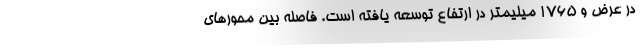
در عرض و 1765 میلیمتر در ارتفاع توسعه یافته است. فاصله بین محورهای